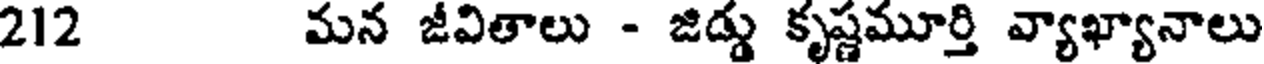
212 మన జీవితాలు - జిడ్డు కృష్ణమూర్తి వ్యాఖ్యానాలు